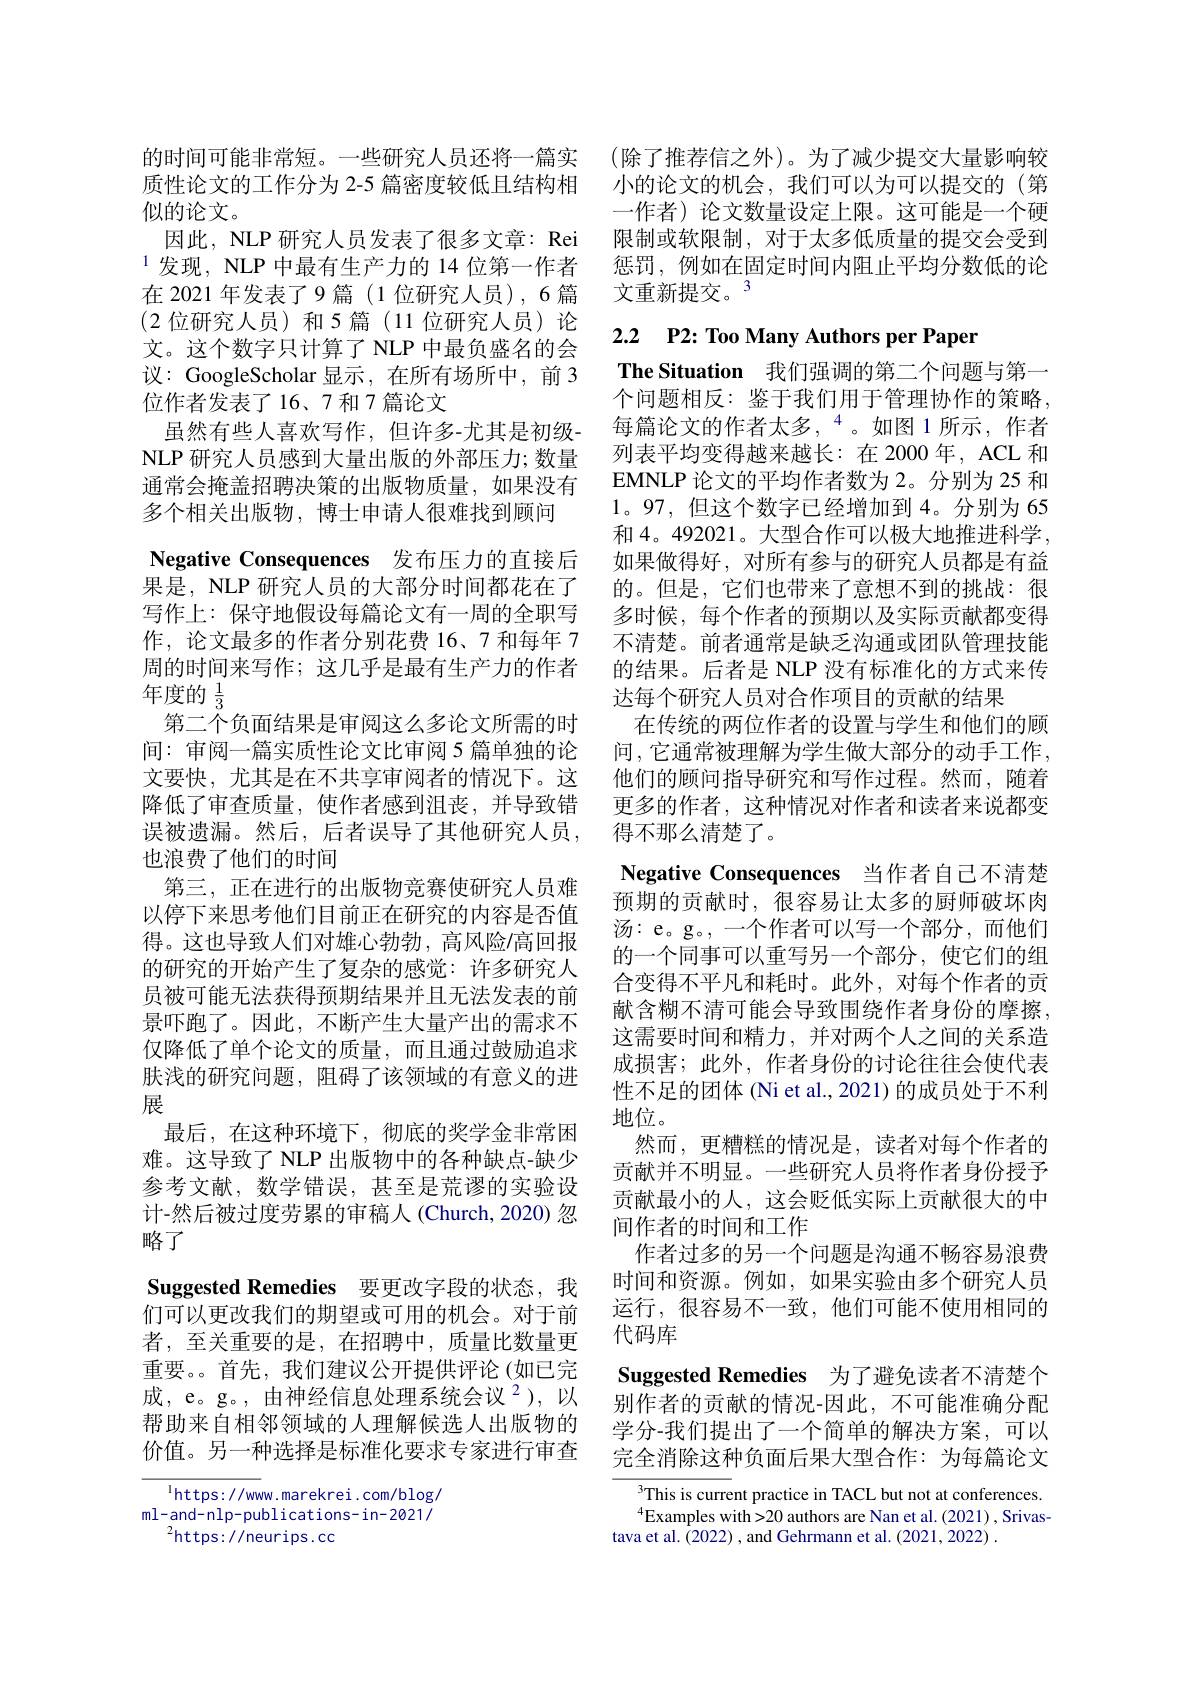
质性论文的工作分为 2-5 篇密度较低且结构相
似的论文。
因此，NLP 研究人员发表了很多文章：Rei $^{1}$发现，NLP 中最有生产力的 14 位第一作者在 2021 年发表了9篇 (1 位研究人员),6 篇(2位研究人员)和5篇(11位研究人员)论文。这个数字只计算了 NLP 中最负盛名的会议：GoogleScholar 显示，在所有场所中，前 3位作者发表了16、7 和 7 篇论文
虽然有些人喜欢写作，但许多-尤其是初级NLP 研究人员感到大量出版的外部压力；数量通常会掩盖招聘决策的出版物质量，如果没有多个相关出版物，博士申请人很难找到顾问
Negative Consequences 发布压力的直接后果是，NLP 研究人员的大部分时间都花在了写作上：保守地假设每篇论文有一周的全职写作，论文最多的作者分别花费 16、7 和每年 7周的时间来写作；这几乎是最有生产力的作者年度的$\frac{1}{3}$
第二个负面结果是审阅这么多论文所需的时间：审阅一篇实质性论文比审阅 5 篇单独的论文要快，尤其是在不共享审阅者的情况下。这降低了审查质量，使作者感到沮丧，并导致错误被遗漏。然后，后者误导了其他研究人员， 也浪费了他们的时间
第三，正在进行的出版物竞赛使研究人员难以停下来思考他们目前正在研究的内容是否值得。这也导致人们对雄心勃勃，高风险/高回报的研究的开始产生了复杂的感觉：许多研究人员被可能无法获得预期结果并且无法发表的前景吓跑了。因此，不断产生大量产出的需求不仅降低了单个论文的质量，而且通过鼓励追求肤浅的研究问题，阻碍了该领域的有意义的进展
最后，在这种环境下，彻底的奖学金非常困难。这导致了 NLP 出版物中的各种缺点-缺少参考文献，数学错误，甚至是荒谬的实验设计-然后被过度劳累的审稿人(Church,2020) 忽略了
Suggested Remedies 要更改字段的状态，我们可以更改我们的期望或可用的机会。对于前者，至关重要的是，在招聘中，质量比数量更重要。首先，我们建议公开提供评论(如已完成，e。g。,由神经信息处理系统会议$^2)$,以帮助来自相邻领域的人理解候选人出版物的价值。另一种选择是标准化要求专家进行审查
$^{1}$https://www.marekrei.com/blog/

ml-and-nlp-publications-in-2021/
$^{2}$https: / /neurips. cc

的时间可能非常短。一些研究人员还将一篇实 (除了推荐信之外)。为了减少提交大量影响较
小的论文的机会，我们可以为可以提交的(第一作者)论文数量设定上限。这可能是一个硬限制或软限制，对于太多低质量的提交会受到惩罚，例如在固定时间内阻止平均分数低的论文重新提交。$^{3}$

# 2.2 P2: Too Many Authors per Paper

The Situation 我们强调的第二个问题与第一个问题相反：鉴于我们用于管理协作的策略， 每篇论文的作者太多，“。如图 1 所示，作者列表平均变得越来越长：在 2000年，ACL 和EMNLP 论文的平均作者数为 2。分别为 25 和1。97,但这个数字已经增加到 4。分别为 65和 4。492021。大型合作可以极大地推进科学， 如果做得好，对所有参与的研究人员都是有益的。但是，它们也带来了意想不到的挑战：很多时候，每个作者的预期以及实际贡献都变得不清楚。前者通常是缺乏沟通或团队管理技能的结果。后者是 NLP 没有标准化的方式来传达每个研究人员对合作项目的贡献的结果
在传统的两位作者的设置与学生和他们的顾间，它通常被理解为学生做大部分的动手工作， 他们的顾问指导研究和写作过程。然而，随着更多的作者，这种情况对作者和读者来说都变得不那么清楚了。

Negative Consequences 当作者自己不清楚预期的贡献时，很容易让太多的厨师破坏肉汤：e。g。,一个作者可以写一个部分，而他们的一个同事可以重写另一个部分，使它们的组合变得不平凡和耗时。此外，对每个作者的贡献含糊不清可能会导致围绕作者身份的摩擦， 这需要时间和精力，并对两个人之间的关系造成损害；此外，作者身份的讨论往往会使代表性不足的团体 (Ni et al., 2021) 的成员处于不利地位。
然而，更糟糕的情况是，读者对每个作者的贡献并不明显。一些研究人员将作者身份授予贡献最小的人，这会贬低实际上贡献很大的中间作者的时间和工作
作者过多的另一个问题是沟通不畅容易浪费时间和资源。例如，如果实验由多个研究人员运行，很容易不一致，他们可能不使用相同的代码库
Suggested Remedies 为了避免读者不清楚个别作者的贡献的情况-因此，不可能准确分配学分-我们提出了一个简单的解决方案，可以完全消除这种负面后果大型合作：为每篇论文
This is current practice in TACL but not at conferences. $^{4}$Examples with>20 authors are Nan et al.(2021), Srivas-

tava et al. (2022) , and Gehrmann et al. (2021, 2022)